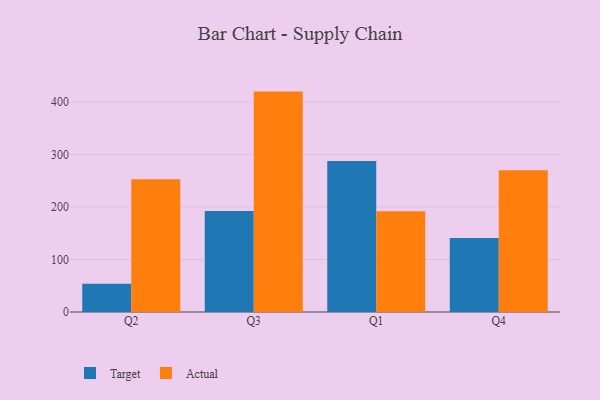
{"axis": {"x": "Quarter", "y": "Website Visitors"}, "legend": ["Actual", "Target"], "data": [{"x": "Q2", "y": 53.8, "type": "Target"}, {"x": "Q2", "y": 252.9, "type": "Actual"}, {"x": "Q3", "y": 192.4, "type": "Target"}, {"x": "Q3", "y": 420.0, "type": "Actual"}, {"x": "Q1", "y": 287.6, "type": "Target"}, {"x": "Q1", "y": 192.0, "type": "Actual"}, {"x": "Q4", "y": 140.9, "type": "Target"}, {"x": "Q4", "y": 269.9, "type": "Actual"}]}